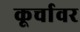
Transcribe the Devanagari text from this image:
कूर्चावर